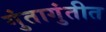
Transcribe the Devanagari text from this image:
गुंतागुंतीत